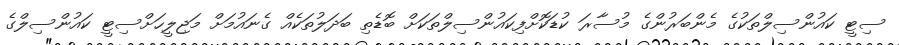
ސިޓީ ކައުންސިލްތަކުގެ މެންބަރުންގެ މުސާރަ ކުޑަކޮށްފިކައުންސިލްތަކަށް ބޮޑެތި ބަދަލުތަކެއް ގެނައުމަށް މަޖިލީހަށްސިޓީ ކައުންސިލްގެ